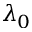
\lambda _ { 0 }